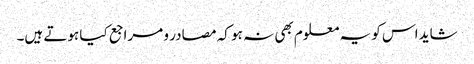
شاید اس کو یہ معلوم بھی نہ ہو کہ مصادر و مراجع کیا ہوتے ہیں۔